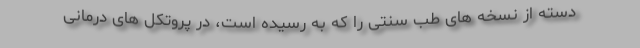
دسته از نسخه های طب سنتی را که به رسیده است، در پروتکل های درمانی